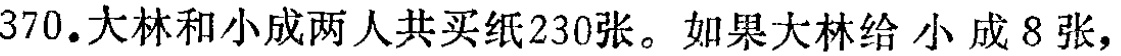
370. 大林和小成两人共买纸230张。如果大林给小成8张，